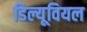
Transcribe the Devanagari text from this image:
डिल्यूवियल